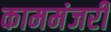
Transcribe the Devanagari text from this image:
काममंजरी